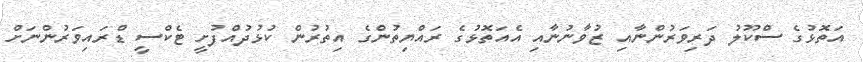
އަތޮޅުގެ ސްކޫލު ދަރިވަރުންނާއި ޒުވާނުނާއި އެއަތޮޅުގެ ރައްޔިތުންގެ އިތުރުން ކުޅުދުއްފުށީ ޓެކްސީ ޑްރައިވަރުންނަށް